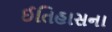
ઈતિહાસના